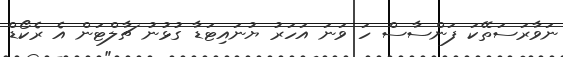
ނަވާރަސަތޭކަ ފަންސާސް ހަ ވަނަ އަހަރު ޔުނައިޓަޑާ ގުޅުނު ޗާލްޓަން އެ ރެކޯޑް